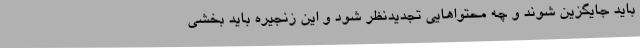
باید جایگزین شوند و چه محتواهایی تجدیدنظر شود و این زنجیره باید بخشی